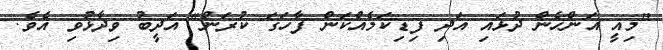
"މިއީ އަންހެން ދުޅައި އަދި ފިޑިކަމެއްކަން ފާހަގަ ކުރަން" އަދީބު ވިދާޅުވި އެވެ.